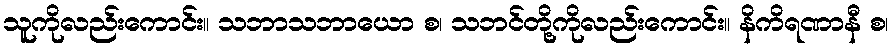
သူကိုလည်းကောင်း။ သဘာသဘာယော စ၊ သဘင်တို့ကိုလည်းကောင်း။ နိကိရဏာနီ စ၊